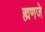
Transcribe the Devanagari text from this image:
ह्मणजे